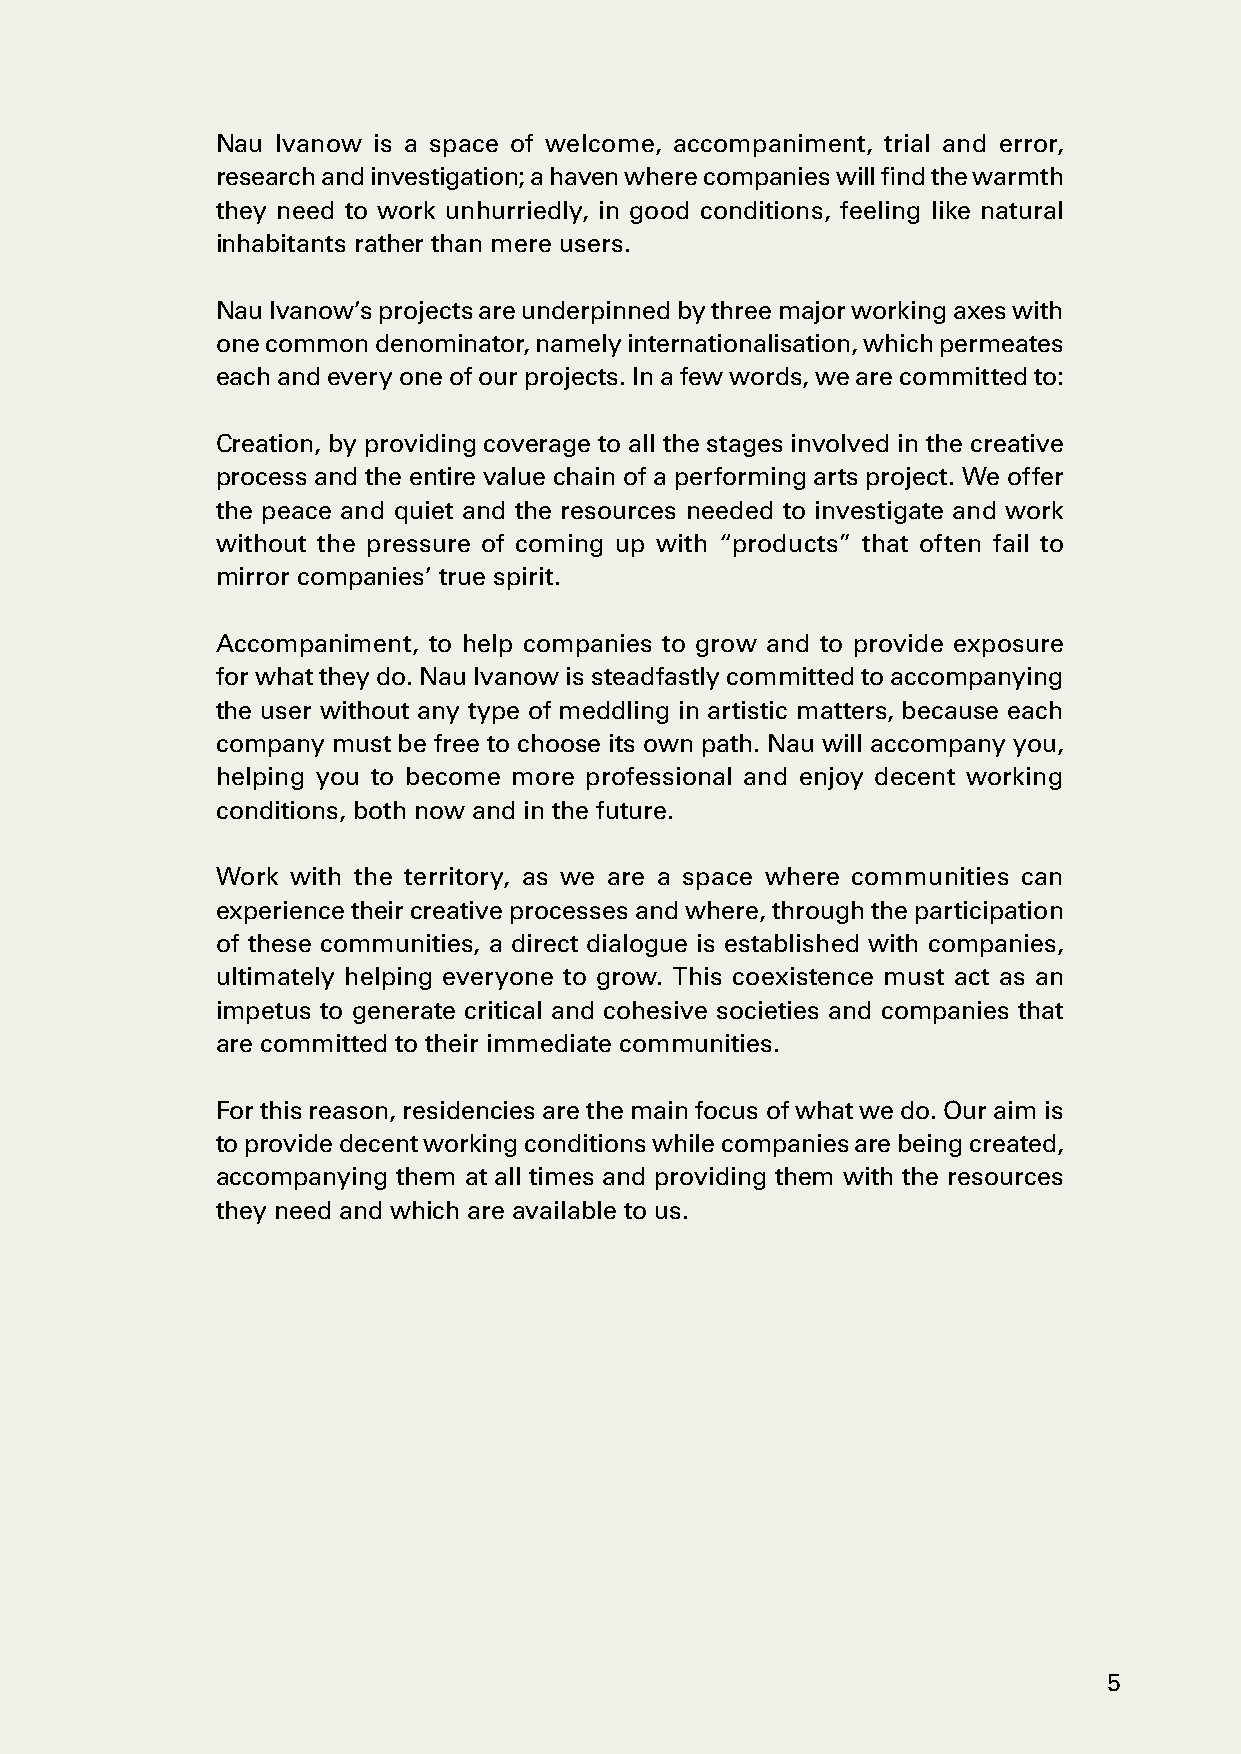
Nau Ivanow is a space of welcome, accompaniment, trial and error,
 research and investigation; a haven where companies will find the warmth
 they need to work unhurriedly, in good conditions, feeling like natural
 inhabitants rather than mere users.
 Nau Ivanow’s projects are underpinned by three major working axes with
 one common denominator, namely internationalisation, which permeates
 each and every one of our projects. In a few words, we are committed to:
 Creation, by providing coverage to all the stages involved in the creative
 process and the entire value chain of a performing arts project. We offer
 the peace and quiet and the resources needed to investigate and work
 without the pressure of coming up with “products” that often fail to
 mirror companies’ true spirit.
 Accompaniment, to help companies to grow and to provide exposure
 for what they do. Nau Ivanow is steadfastly committed to accompanying
 the user without any type of meddling in artistic matters, because each
 company must be free to choose its own path. Nau will accompany you,
 helping you to become more professional and enjoy decent working
 conditions, both now and in the future.
 Work with the territory, as we are a space where communities can
 experience their creative processes and where, through the participation
 of these communities, a direct dialogue is established with companies,
 ultimately helping everyone to grow. This coexistence must act as an
 impetus to generate critical and cohesive societies and companies that
 are committed to their immediate communities.
 For this reason, residencies are the main focus of what we do. Our aim is
 to provide decent working conditions while companies are being created,
 accompanying them at all times and providing them with the resources
 they need and which are available to us.
 5